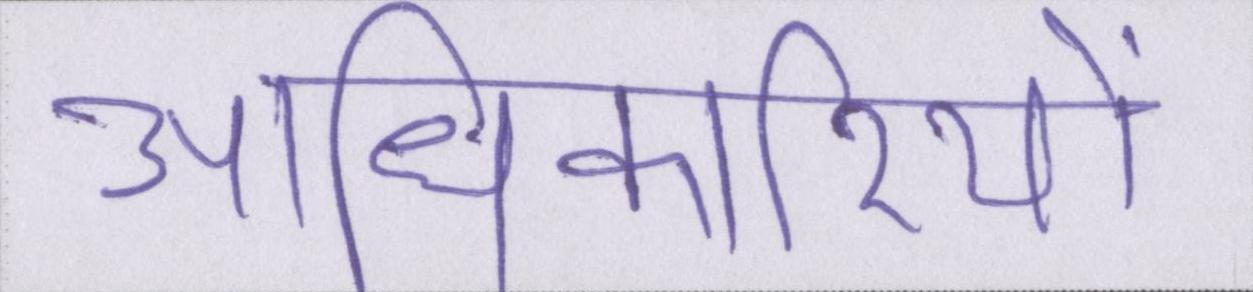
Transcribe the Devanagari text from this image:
आधिकारियों